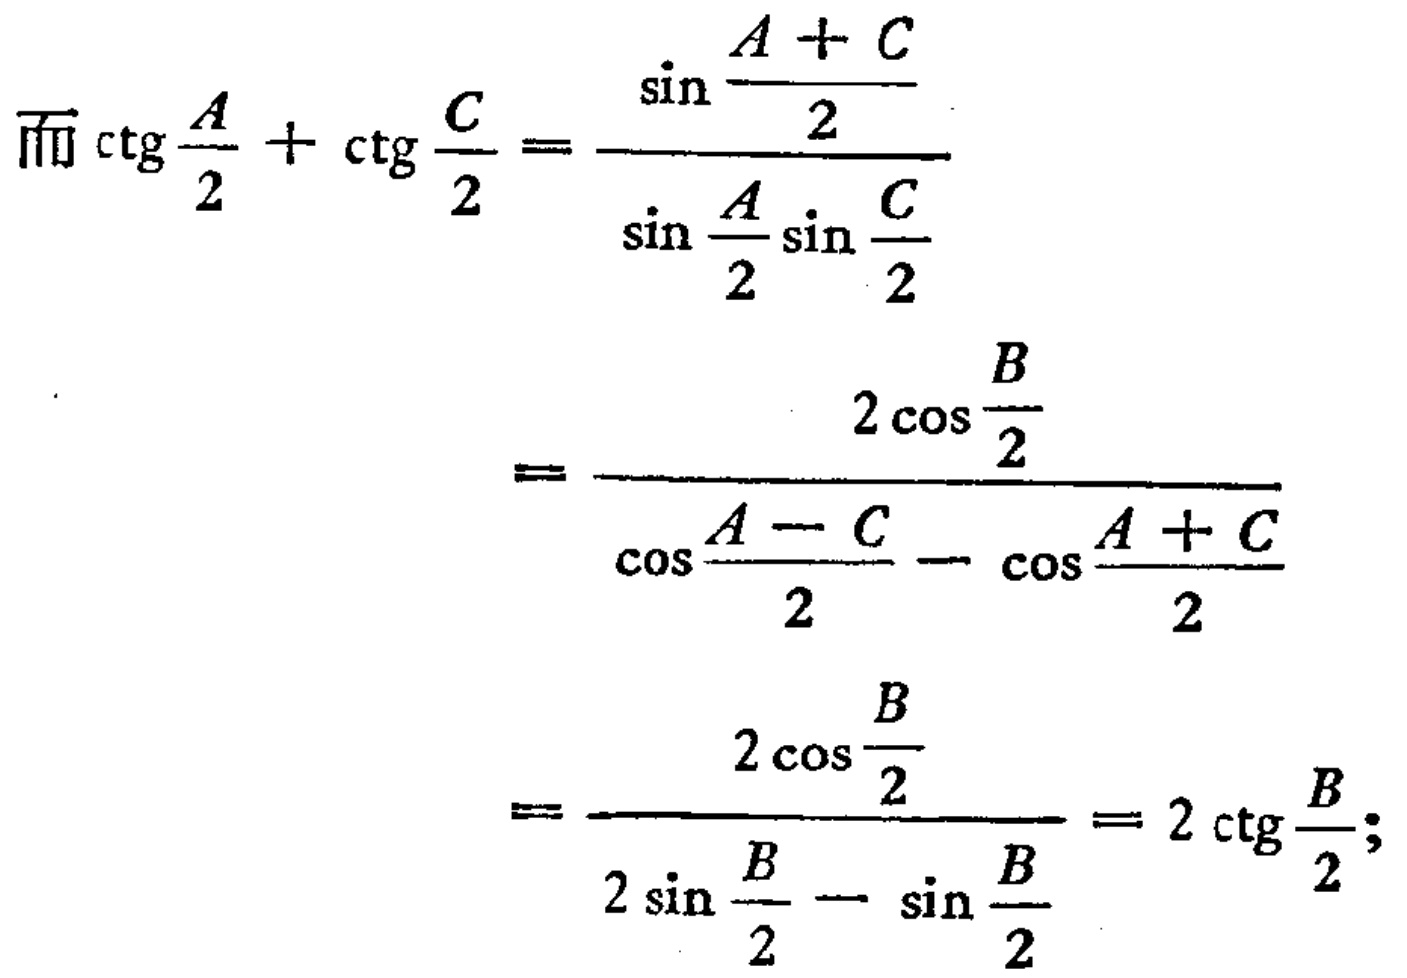
\[

\begin{align*}

\text{而}\cot\frac{A}{2}+\cot\frac{C}{2}&=\frac{\sin\frac{A + C}{2}}{\sin\frac{A}{2}\sin\frac{C}{2}}\\

&=\frac{2\cos\frac{B}{2}}{\cos\frac{A - C}{2}-\cos\frac{A + C}{2}}\\

&=\frac{2\cos\frac{B}{2}}{2\sin\frac{B}{2}-\sin\frac{B}{2}} = 2\cot\frac{B}{2};

\end{align*}

\]